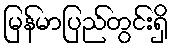
မြန်မာပြည်တွင်းရှိ